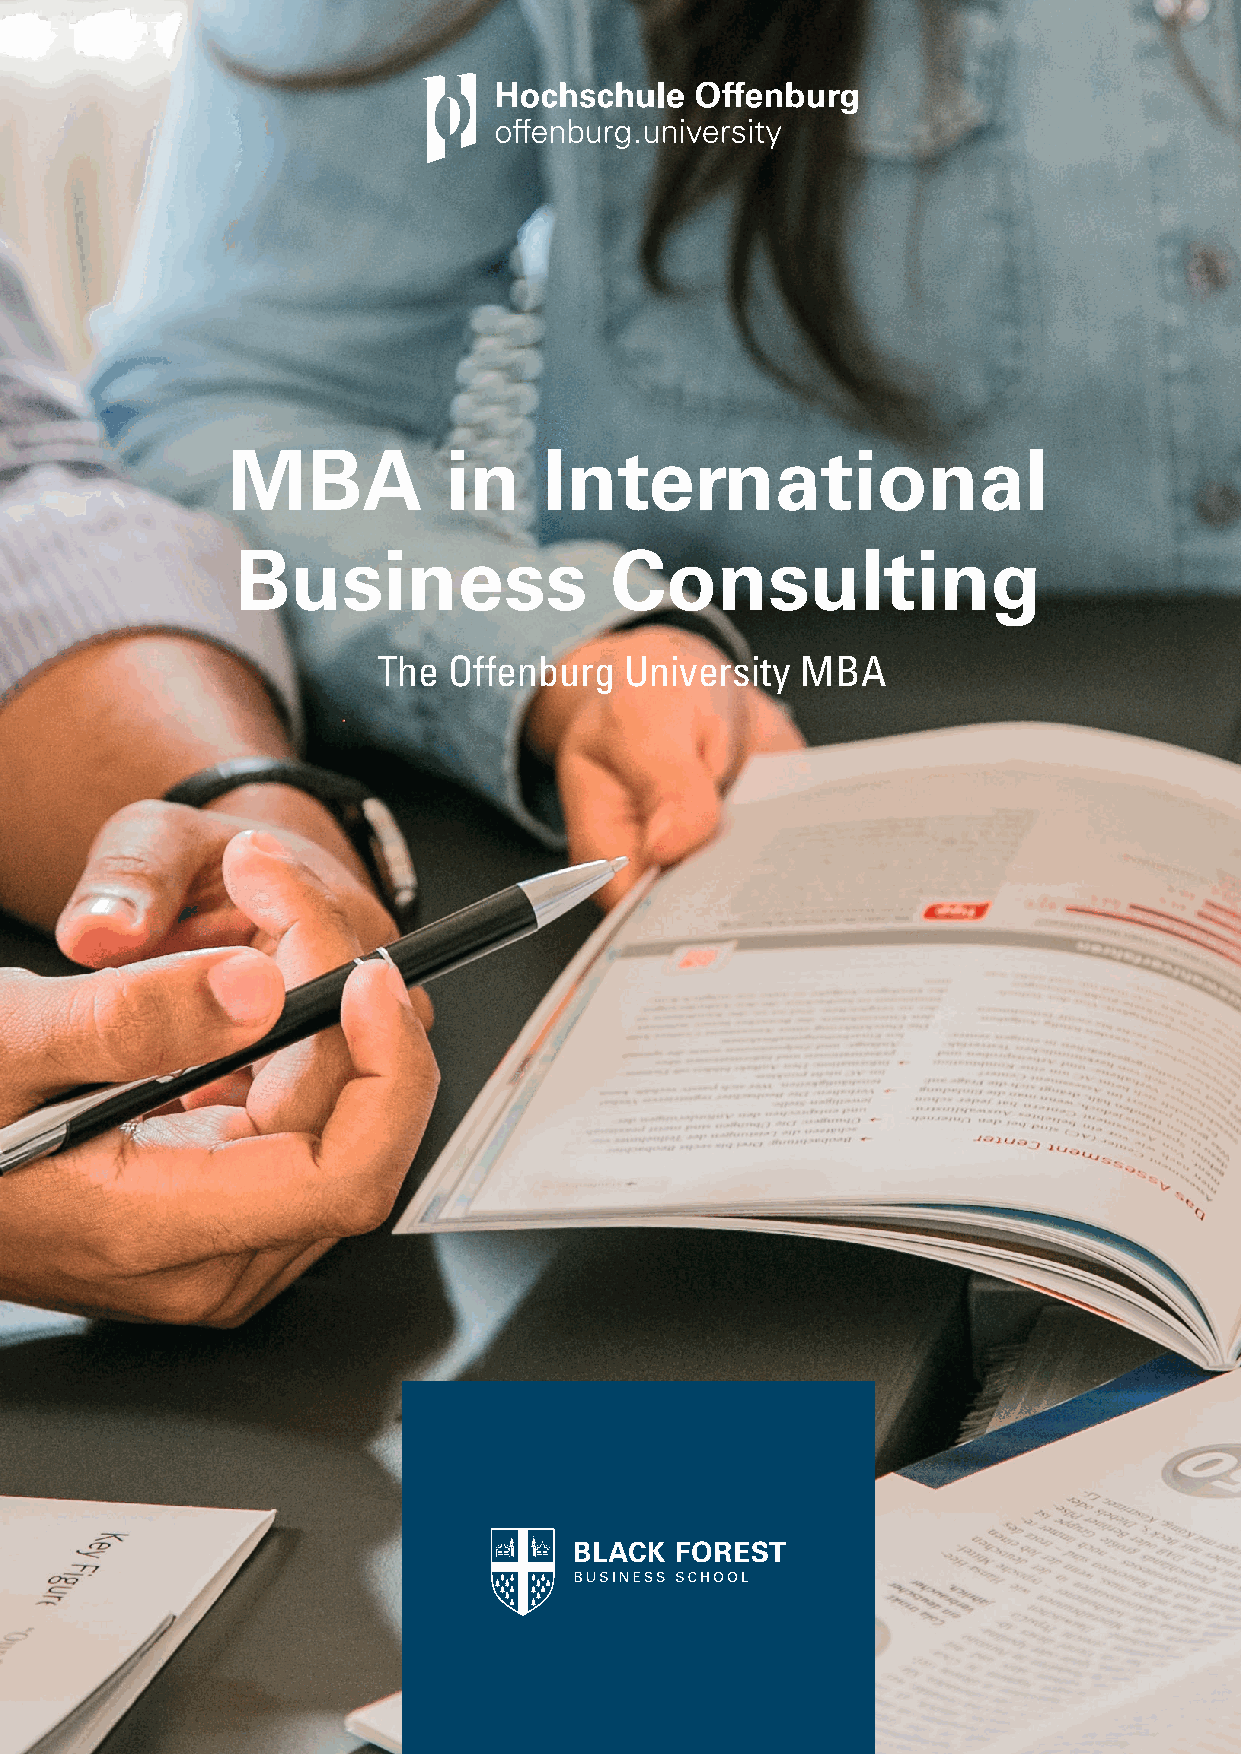
MBA            in    International
 Business                 Consulting
 The  Offenburg  University  MBA